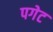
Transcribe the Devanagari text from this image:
पगेट